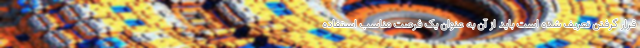
قرار گرفتن تعریف شده است باید از آن به عنوان یک فرصت مناسب استفاده